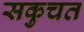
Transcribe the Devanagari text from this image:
सकुचत